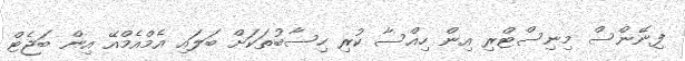
ފިނޭންސް މިނިސްޓްރި އިން ހިއްސާ ކުރި ހިސާބުތަކަށް ބަލައި އެމްއެމްއޭ އިން ބަޖެޓް